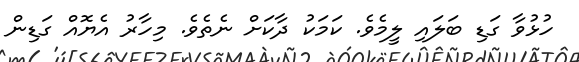
ހުޅުވާ ގަޑި ބަލައި ލީމެވެ. ކަމަކު ދާކަށް ނެތެވެ. މިހާރު އެޔޮއް ގަޑިން